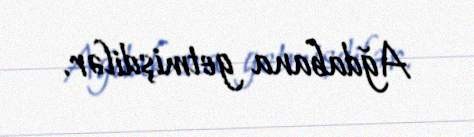
Ağdabana getmişdilər.